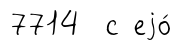
7714 с еjо́